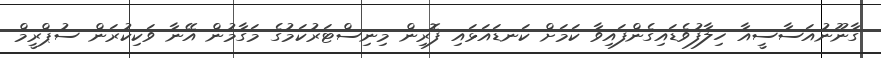
ގާނޫނުއަސާސީއާ ހިލާފުވެޑައިގެންފައިވާ ކަމަށް ކަނޑައަޅައި ފޮރިން މިނިސްޓަރުކަމުގެ މަގާމުން އޭނާ ވަކިކުރަން ސުޕްރީމް